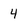
Character: 4